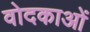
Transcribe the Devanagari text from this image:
वोदकाओं